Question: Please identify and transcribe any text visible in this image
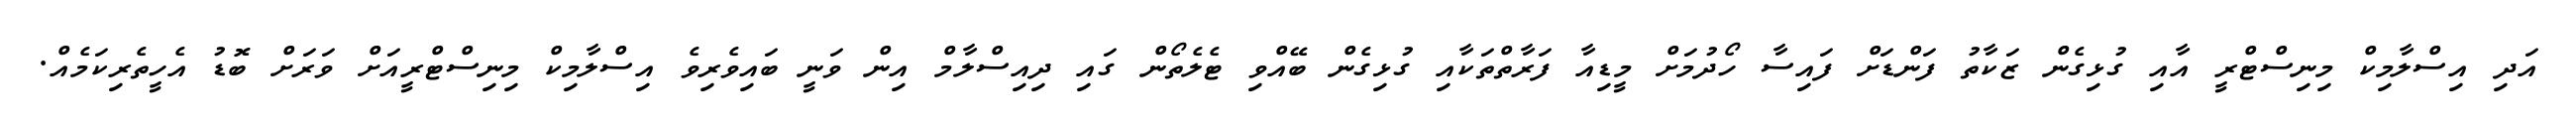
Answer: އަދި އިސްލާމިކް މިނިސްޓްރީ އާއި ގުޅިގެން ޒަކާތު ފަންޑަށް ފައިސާ ހޯދުމަށް މީޑިއާ ފަރާތްތަކާއި ގުޅިގެން ބޭއްވި ޓެލެތޯން ގައި ދިއިސްލާމް އިން ވަނީ ބައިވެރިވެ އިސްލާމިކް މިނިސްޓްރީއަށް ވަރަށް ބޮޑު އެހީތެރިކަމެއް.